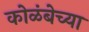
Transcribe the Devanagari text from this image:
कोळंबेच्या